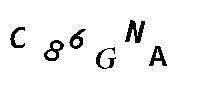
C86GNA